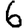
Digit: 6